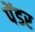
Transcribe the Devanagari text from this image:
पेंडर